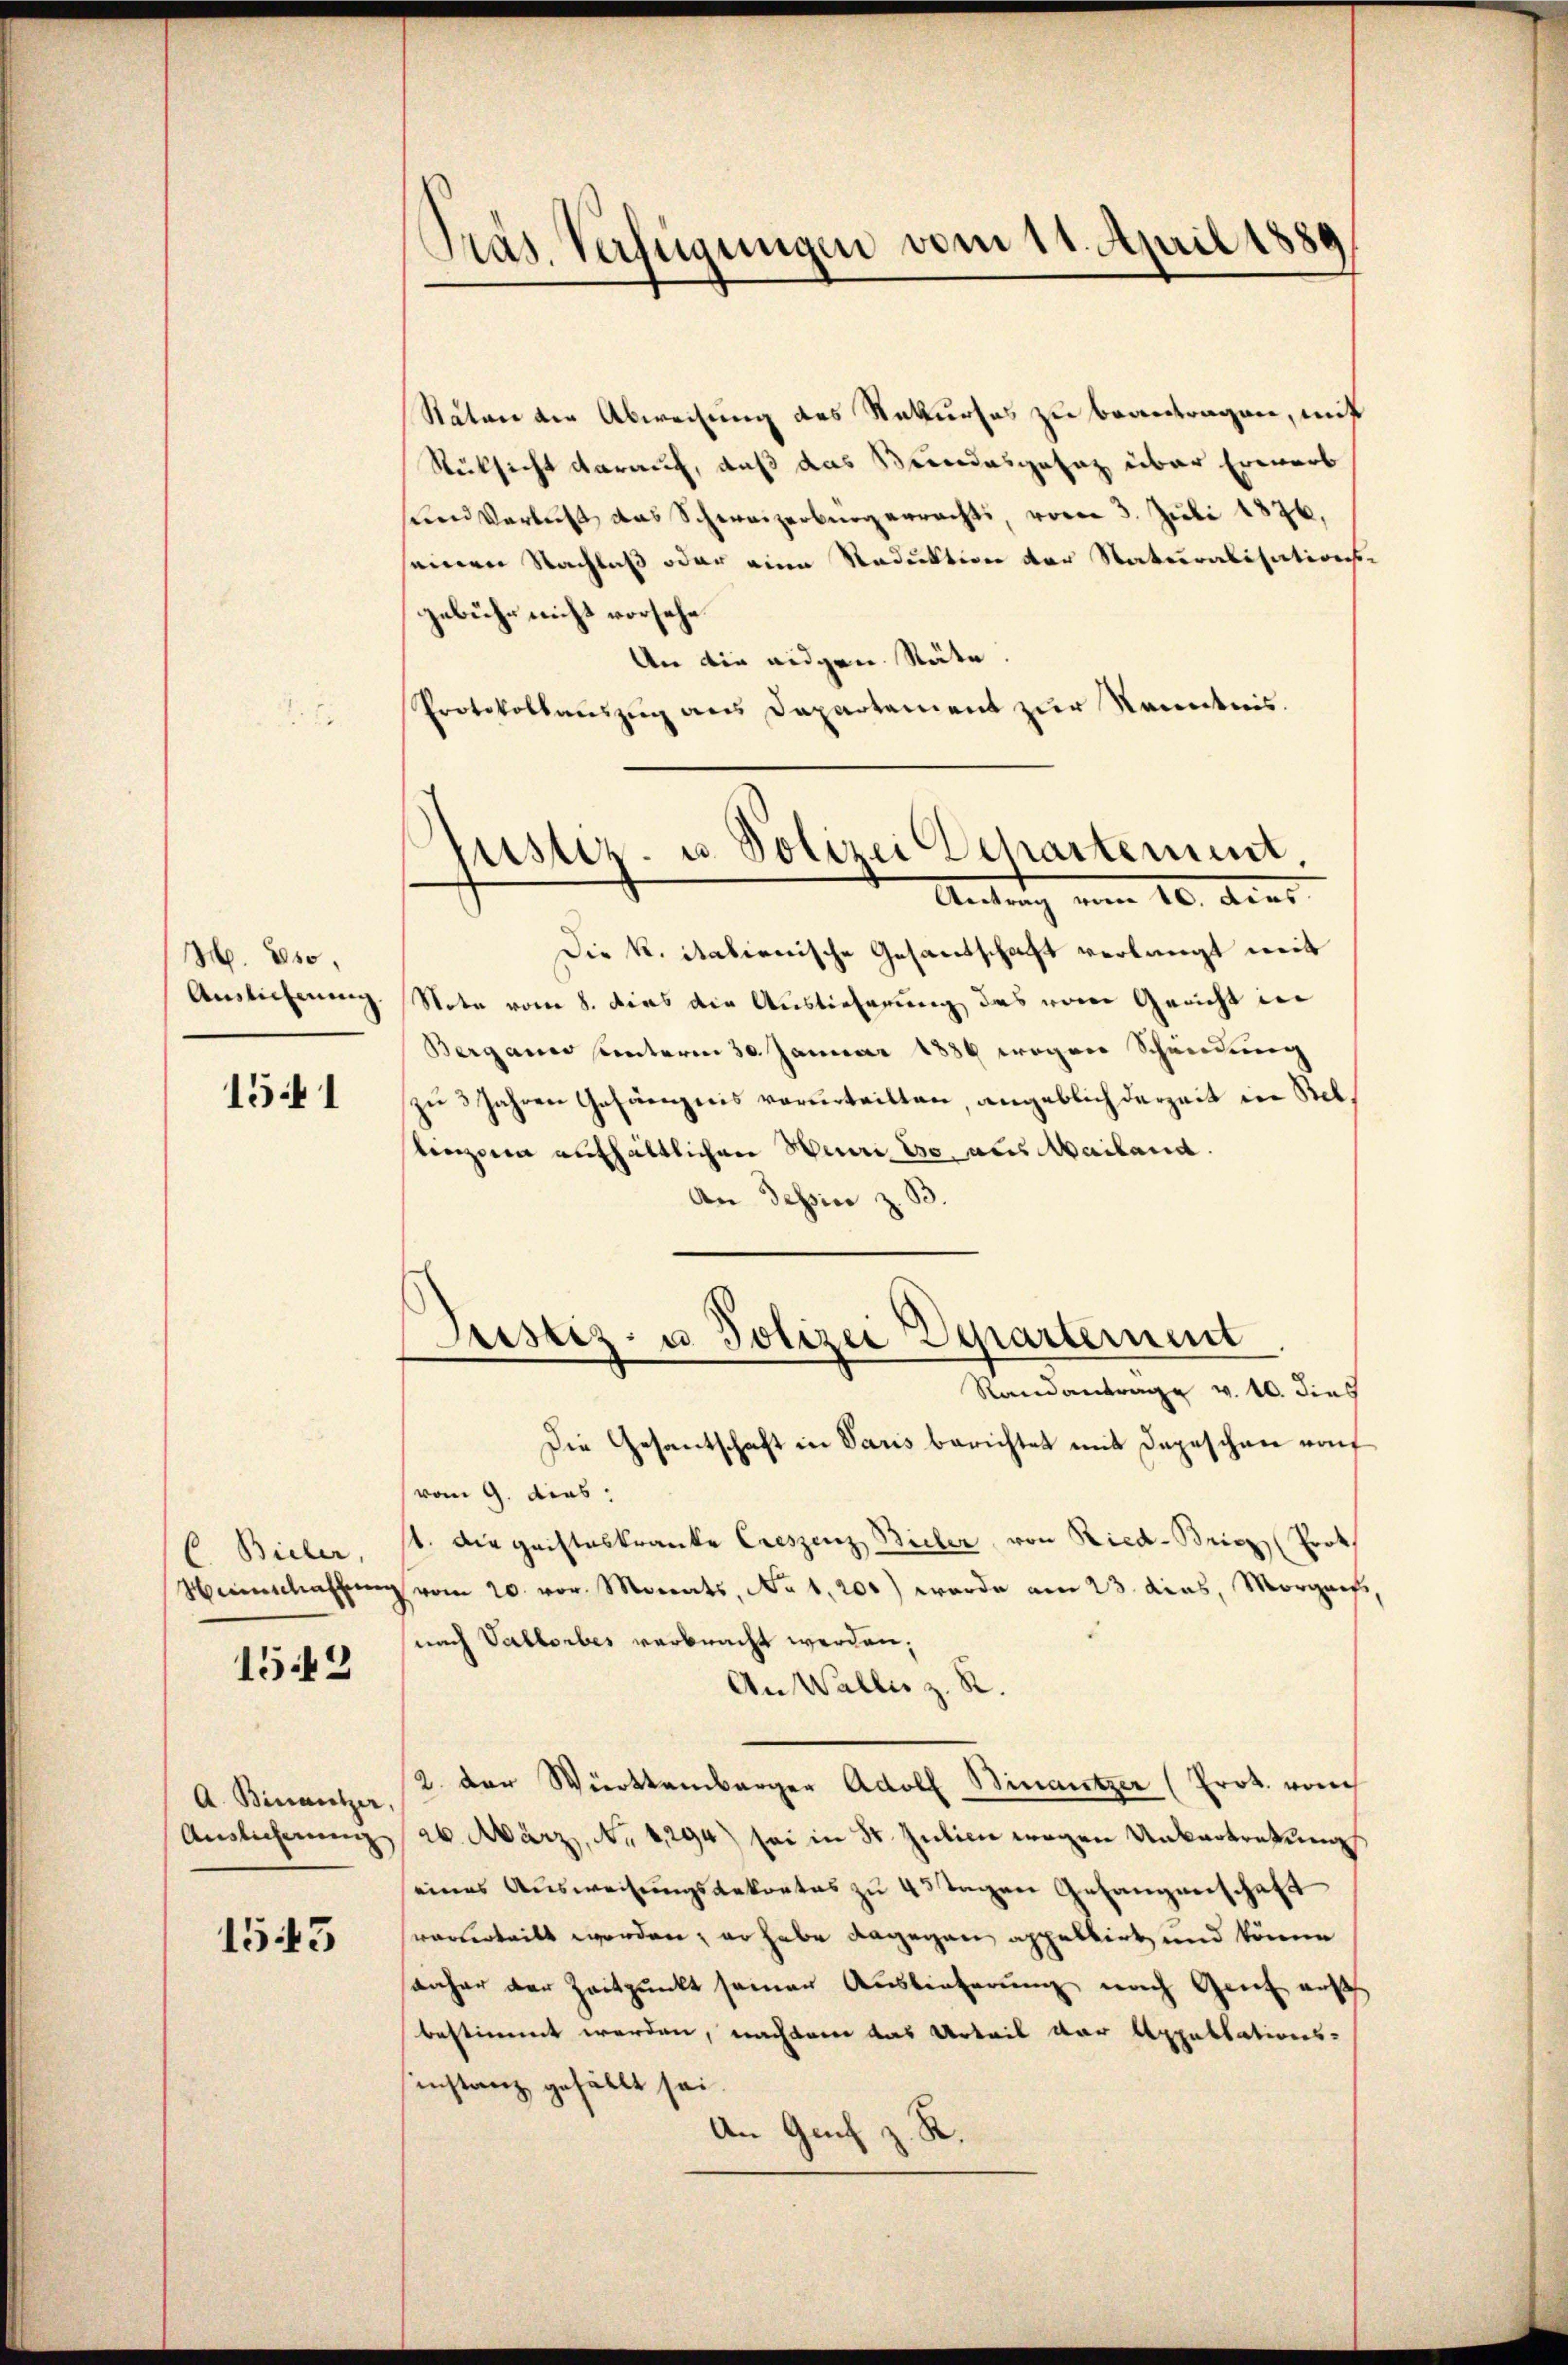
H. Es
Auslieferung

1541

Bieler,
Heinschaffung

1543

A. Birantzer
Auslieferung

1543

Pras. Verfügungen vom 11. April 1880

Räten der Abweisung des Rekurses zu beantragen, mit
Rüksicht darauf, daß das Beindesgesaz über Erwarb
sund Verlust das Schweizerbürgerracht, vom 3. Juli 1876.
seinen Nachlaß oder eine Reduktion der Naturalisations-
gebühr nicht vorsehe.
An die eidgen. Räte.
Protokollaŭszŭg ans Departement zur Kenntnis.
Die K. italienische Gesandschaft verlangt mit
Note vom 8. dies die Auslieferung des von Gericht in
Bergane unterm 30. Januar 1886 wegen Scheidung
zŭ 3 Jahren Gefängnis verurteilten, angeblich derzeit in Steltinzona aufhältlichen Henri Eo. aus Mailand.
An Tessine z. B.
Justiz- u Polizei Departement
Randantrage v. 10. dies
Die Gesantschaft in Paris berichtet mit Depeschen auf
(vom 9. dies
st. Die geisteskranke Creszenz Bicher von Ried-Bricz (Prot
 vom 20. vor. Morats, No 1,200) wurde am 23. das, Morgans,
(nach Vallorbes verbracht werden,
An Walles z. R.
2. der Württemberger Adolf Binautzer (Prot. von
ab. März, No 1294) sei in St. Julien wegen Unkartretung
eines Ausweisungsdekrates zu 4 3 Tagen Gefangenschaft
vorderteilt worden, er habe dagegen appellirt und könne
anher der Zeitpunkt seinen Auslieferung nach Genf aus
bestimmt werden, nachdem das Urteil der Appellations-
sinstanz gefällt sei.
An Genf v. R.
¬

justiz- u. Polizei Departement.
Antrag vom 10. Acar.